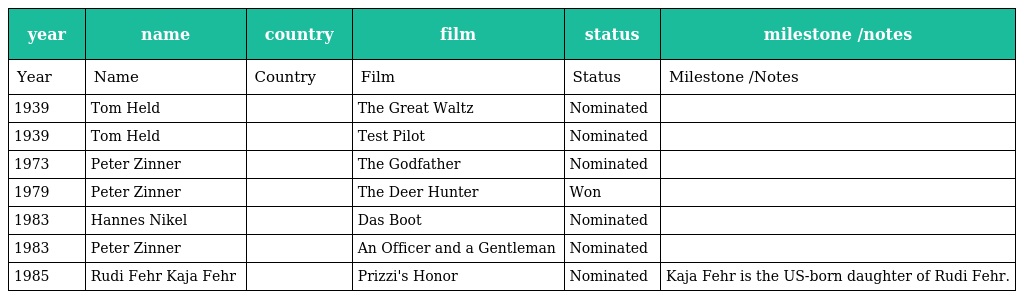
| year | name | country | film | status | milestone /notes |
 | --- | --- | --- | --- | --- | --- |
 | Year | Name | Country | Film | Status | Milestone /Notes |
 | 1939 | Tom Held |  | The Great Waltz | Nominated |  |
 | 1939 | Tom Held |  | Test Pilot | Nominated |  |
 | 1973 | Peter Zinner |  | The Godfather | Nominated |  |
 | 1979 | Peter Zinner |  | The Deer Hunter | Won |  |
 | 1983 | Hannes Nikel |  | Das Boot | Nominated |  |
 | 1983 | Peter Zinner |  | An Officer and a Gentleman | Nominated |  |
 | 1985 | Rudi Fehr Kaja Fehr |  | Prizzi's Honor | Nominated | Kaja Fehr is the US-born daughter of Rudi Fehr. |